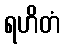
ရဟိတံ